Report of the Bombay Veterinary College
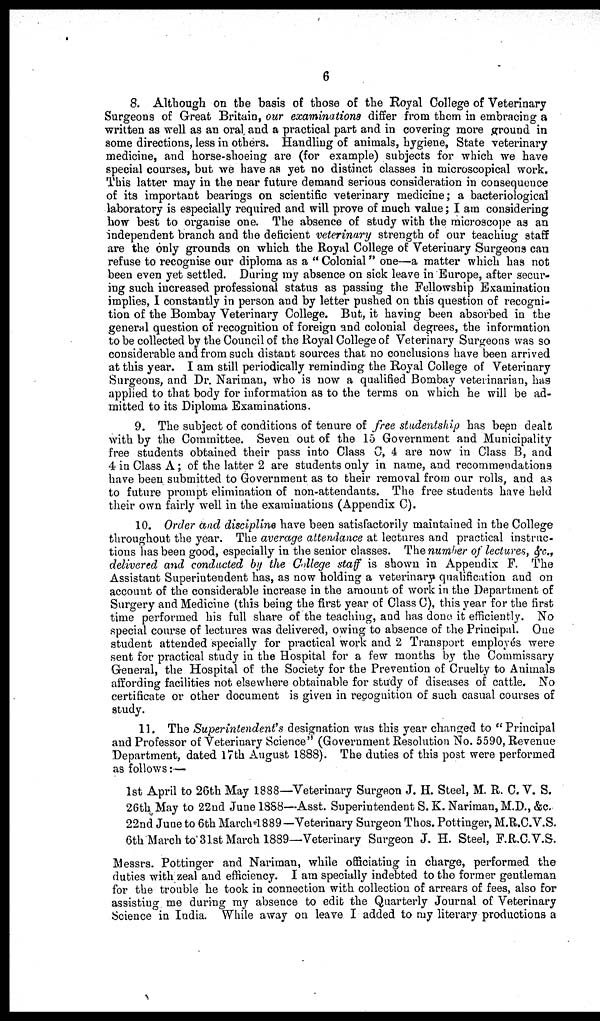
6
8. Although on the basis of those of the Royal College of Veterinary
Surgeons of Great Britain, our examinations differ from them in embracing a
written as well as an oral and a practical part and in covering more ground in
some directions, less in others. Handling of animals, hygiene, State veterinary
medicine, and horse-shoeing are (for example) subjects for which we have
special courses, but we have as yet no distinct classes in microscopical work.
This latter may in the near future demand serious consideration in consequence
of its important bearings on scientific veterinary medicine; a bacteriological
laboratory is especially required and will prove of much value ; I am considering
how best to organise one. The absence of study with the microscope as an
independent branch and the deficient veterinary strength of our teaching staff
are the only grounds on which the Royal College of Veterinary Surgeons can
refuse to recognise our diploma as a " Colonial" one—a matter which has not
been even yet settled. During my absence on sick leave in Europe, after secur-
ing such increased professional status as passing the Fellowship Examination
implies, I constantly in person and by letter pushed on this question of recogni-
tion of the Bombay Veterinary College. But, it having been absorbed in the
general question of recognition of foreign and colonial degrees, the information
to be collected by the Council of the Royal College of Veterinary Surgeons was so
considerable and from such distant sources that no conclusions have been arrived
at this year. I am still periodically reminding the Royal College of Veterinary
Surgeons, and Dr. Nariman, who is now a qualified Bombay veterinarian, has
applied to that body for information as to the terms on which he will be ad-
mitted to its Diploma Examinations.
9. The subject of conditions of tenure of free studentship has been dealt
with by the Committee. Seven out of the 15 Government and Municipality
free students obtained their pass into Class C, 4 are now in Class B, and
4 in Class A ; of the latter 2 are students only in name, and recommendations
have been submitted to Government as to their removal from our rolls, and as
to future prompt elimination of non-attendants. The free students have held
their own fairly well in the examinations (Appendix C).
10. Order and discipline have been satisfactorily maintained in the College
throughout the year. The average attendance at lectures and practical instruc-
tions has been good, especially in the senior classes. The number of lectures, &c.,
delivered and conducted by the College staff is shown in Appendix F. The
Assistant Superintendent has, as now holding a veterinary qualification and on
account of the considerable increase in the amount of work in the Department of
Surgery and Medicine (this being the first year of Class C), this year for the first
time performed his full share of the teaching, and has done it efficiently. No
special course of lectures was delivered, owing to absence of the Principal. One
student attended specially for practical work and 2 Transport employés were
sent for practical study in the Hospital for a few months by the Commissary
General, the Hospital of the Society for the Prevention of Cruelty to Animals
affording facilities not elsewhere obtainable for study of diseases of cattle. No
certificate or other document is given in recognition of such casual courses of
study.
11. The Superintendent's designation was this year changed to "Principal
and Professor of Veterinary Science" (Government Resolution No. 5590, Revenue
Department, dated 17th August 1888). The duties of this post were performed
as follows:—
1st April to 26th May 1888—Veterinary Surgeon J. H. Steel, M. R. C. V. S.
26th May to 22nd June 1888—Asst. Superintendent S. K. Nariman, M.D., &c.
22nd June to 6th March 1889— Veterinary Surgeon Thos. Pottinger, M.R.C.V.S.
6th March to 31st March 1889—Veterinary Surgeon J. H. Steel, F.R.C.V.S.
Messrs. Pottinger and Nariman, while officiating in charge, performed the
duties with zeal and efficiency. I am specially indebted to the former gentleman
for the trouble he took in connection with collection of arrears of fees, also for
assisting me during my absence to edit the Quarterly Journal of Veterinary
Science in India. While away on leave I added to my literary productions a